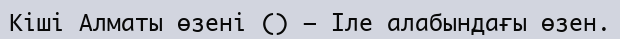
Кіші Алматы өзені () — Іле алабындағы өзен.